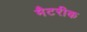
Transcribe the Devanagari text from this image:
मैटरीक